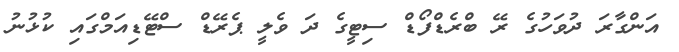
އަންގާރަ ދުވަހުގެ ރޭ ބްރެޑްފޯޑް ސިޓީގެ ދަ ވެލީ ޕެރޭޑް ސްޓޭޑިއަމްގައި ކުޅުނު